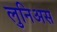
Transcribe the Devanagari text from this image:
लुनिअस